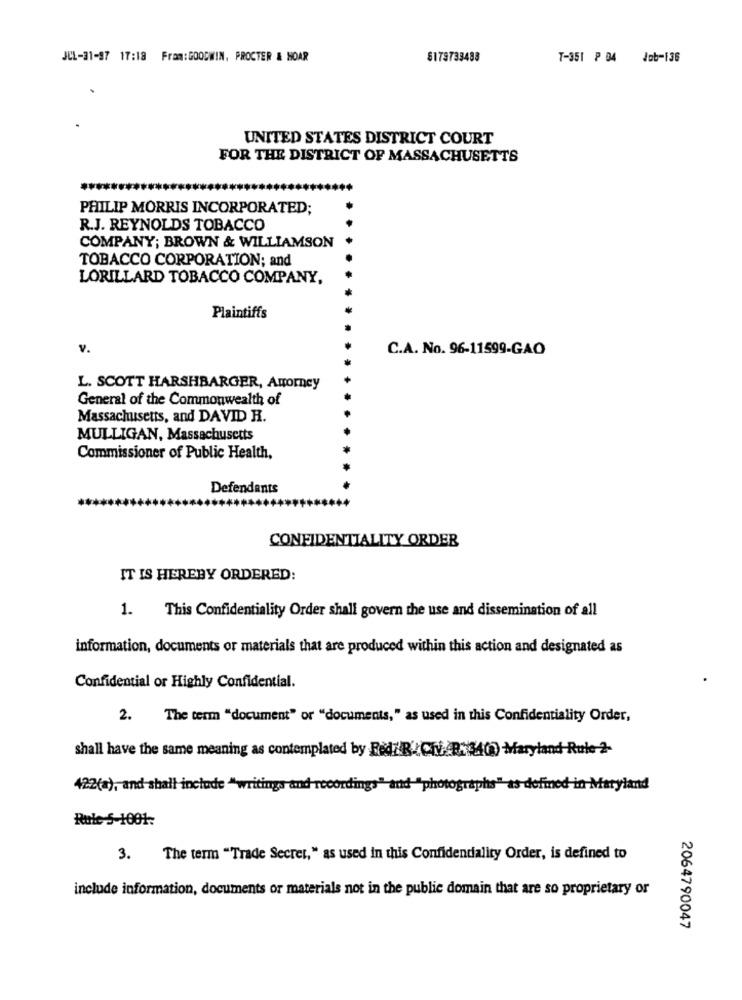
JUL-31-97 17:18 Fram:GOODWIN, PROCTER & HOAR
$179733488
T-351 ₽ 04 Job-136
UNITED STATES DISTRICT COURT
FOR THE DISTRICT OF MASSACHUSETTS
PHILIP MORRIS INCORPORATED;
R.J. REYNOLDS TOBACCO
COMPANY; BROWN & WILLIAMSON
TOBACCO CORPORATION; and
LORILLARD TOBACCO COMPANY,
Plaintiffs
v.
C.A. No. 96-11599-GAO
L. SCOTT HARSHBARGER, ARomney
General of the Commonwealth of
Massachusetts, and DAVID H.
MULLIGAN, Massachusetts
Commissioner of Public Health,
Defendants
CONFIDENTIALITY ORDER
IT IS HEREBY ORDERED:
1.
This Confidentiality Order shall govern the use and dissemination of all
information, documents or materials that are produced within this action and designated as
Confidential or Highly Confidential.
2. The term "document" or "documents," as used in this Confidentiality Order,
shall have the same meaning as contemplated by Red/'R' CIVAR- 34() Maryland Rule-2-
422(a), and shall include "writings and recording
"and "pho
Rule-5-1001:
3.
The term "Trade Secret," as used in this Confidentiality Order, is defined to
include information, documents or materials not in the public domain that are so proprietary or
2064790047